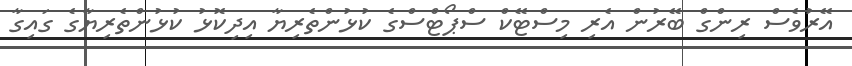
އޭރުވެސް ރިންގް ބޭރުން އެރި މިސްޓޭކް ސްޕޯޓްސްގެ ކުޅުންތެރިޔާ އިދިކޮޅު ކުޅުންތެރިޔާގެ ގައިގާ